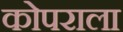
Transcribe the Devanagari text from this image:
कोपराला